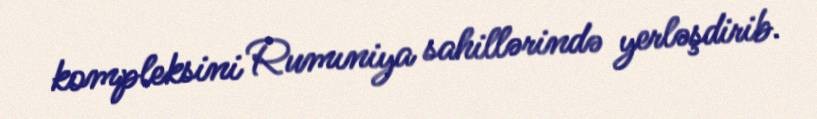
kompleksini Rumıniya sahillərində yerləşdirib.